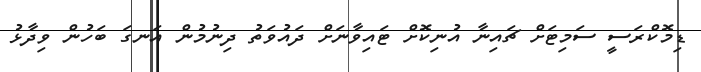
ޑިމޮކްރަސީ ސަމިޓަށް ޗައިނާ އުނިކޮށް ޓައިވާނަށް ދައުވަތު ދިނުމުން އަނގަ ބަހުން ވިދާޅު